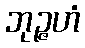
ဘုဉ္ဇဟံ